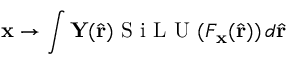
\mathbf { x } \rightarrow \int \mathbf { Y } ( \hat { \mathbf { r } } ) \mathrm { ~ S ~ i ~ L ~ U ~ } ( F _ { \mathbf { x } } ( \hat { \mathbf { r } } ) ) \, d \hat { \mathbf { r } }